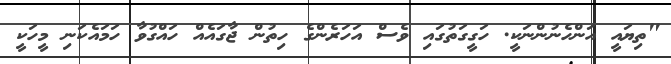
"ތިޔައީ އަންހެނުންނަކީ. ހަގީގަތުގައި ވެސް އަހަރެންގެ ހިތުން ޖާގައެއް ހައްގުވާ ހަމައެކަނި މީހަކީ